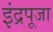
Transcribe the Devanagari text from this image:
इंद्रपूजा